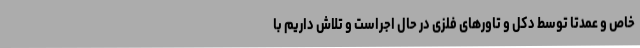
خاص و عمدتاً توسط دکل و تاورهای فلزی در حال اجراست و تلاش داریم با